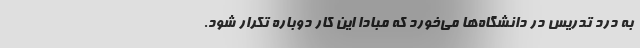
به درد تدریس در دانشگاه‌ها می‌خورد که مبادا این کار دوباره تکرار شود.